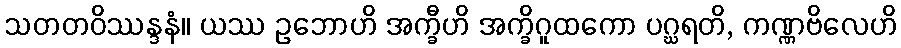
သတတဝိဿန္ဒနံ။ ယဿ ဥဘောဟိ အက္ခီဟိ အက္ခိဂူထကော ပဂ္ဃရတိ, ကဏ္ဏဗိလေဟိ